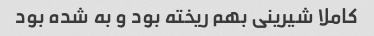
کاملا شیرینی بهم ریخته بود و به شده بود